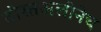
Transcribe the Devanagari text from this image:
दोस्तअलीनेच